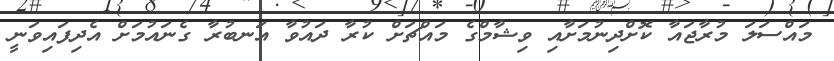
މައްސަލަ މުރާޖައާ ކޮށްދިނުމަށާއި ވިޝާމްގެ މައްޗަށް ކުރާ ދައުވާ އަނބުރާ ގެނައުމަށް އެދިފައިވަނީ